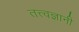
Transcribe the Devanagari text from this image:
तत्त्‍वज्ञानी